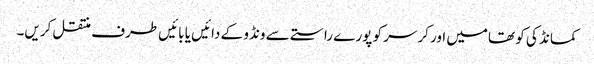
کمانڈ کی کو تھامیں اور کرسر کو پورے راستے سے ونڈو کے دائیں یا بائیں طرف منتقل کریں۔